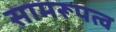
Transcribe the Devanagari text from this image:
सामरूपत्व